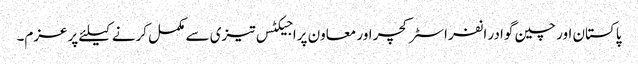
پاکستان اور چین گوادر انفراسٹرکچر اور معاون پراجیکٹس تیزی سے مکمل کرنے کیلئے پرعزم۔